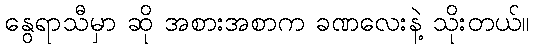
နွေရာသီမှာ ဆို အစားအစာက ခဏလေးနဲ့ သိုးတယ်။